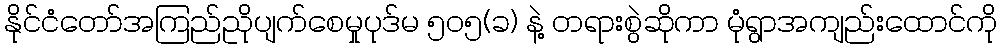
နိုင်ငံတော်အကြည်ညိုပျက်စေမှုပုဒ်မ ၅၀၅(ခ) နဲ့ တရားစွဲဆိုကာ မုံရွာအကျည်းထောင်ကို